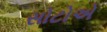
સોટોએ